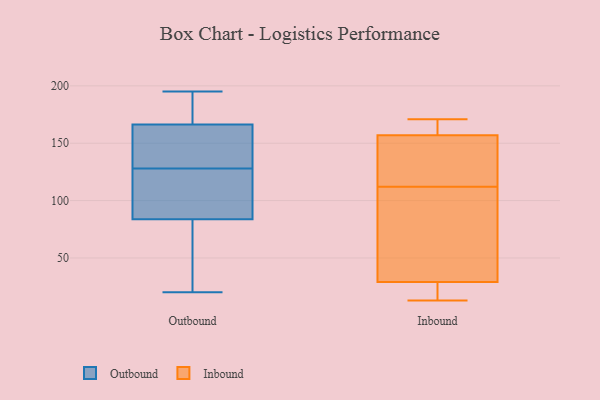
{"axis": {"x": "Satisfaction Score", "y": "Value"}, "legend": ["Inbound", "Outbound"], "data": [{"x": "", "y": 117, "type": "Outbound"}, {"x": "", "y": 195, "type": "Outbound"}, {"x": "", "y": 146, "type": "Outbound"}, {"x": "", "y": 75, "type": "Outbound"}, {"x": "", "y": 187, "type": "Outbound"}, {"x": "", "y": 110, "type": "Outbound"}, {"x": "", "y": 170, "type": "Outbound"}, {"x": "", "y": 155, "type": "Outbound"}, {"x": "", "y": 31, "type": "Outbound"}, {"x": "", "y": 128, "type": "Outbound"}, {"x": "", "y": 20, "type": "Outbound"}, {"x": "", "y": 13, "type": "Inbound"}, {"x": "", "y": 100, "type": "Inbound"}, {"x": "", "y": 18, "type": "Inbound"}, {"x": "", "y": 22, "type": "Inbound"}, {"x": "", "y": 124, "type": "Inbound"}, {"x": "", "y": 49, "type": "Inbound"}, {"x": "", "y": 169, "type": "Inbound"}, {"x": "", "y": 171, "type": "Inbound"}, {"x": "", "y": 124, "type": "Inbound"}, {"x": "", "y": 163, "type": "Inbound"}, {"x": "", "y": 36, "type": "Inbound"}, {"x": "", "y": 151, "type": "Inbound"}]}